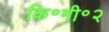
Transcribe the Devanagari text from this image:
कि॰मी॰२